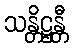
သန္တိဋ္ဌန္တီ